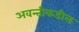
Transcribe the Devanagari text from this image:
अवन्तीकडील